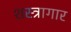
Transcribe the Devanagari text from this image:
शस्‍त्रागार